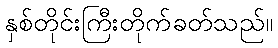
နှစ်တိုင်းကြီးတိုက်ခတ်သည်။